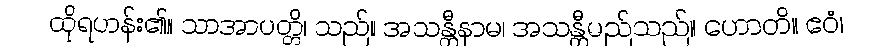
ထိုရဟန်း၏။ သာအာပတ္တိ၊ သည်။ အသန္တီနာမ၊ အသန္တီမည်သည်။ ဟောတိ။ ဧဝံ၊